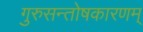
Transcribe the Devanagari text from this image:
गुरुसन्तोषकारणम्